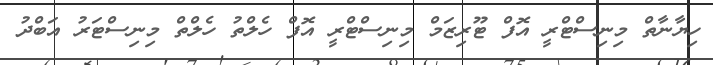
ހިޔާނާތް މިނިސްޓްރީ އޮފް ޓޫރިޒަމް މިނިސްޓްރީ އޮފް ހެލްތު ހެލްތް މިނިސްޓަރު އަބްދު